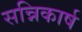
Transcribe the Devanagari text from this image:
सन्निकार्ष